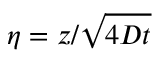
\eta = z / \sqrt { 4 D t }